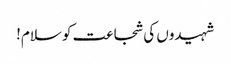
شہیدوں کی شجاعت کو سلام!